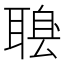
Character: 𦖶